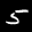
Label: 5